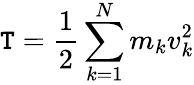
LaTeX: \mathtt{T}={\frac{{1}}{{2}}}\sum_{k=1}^{N}m_{k}v_{k}^{2}